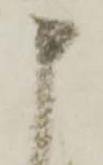
申